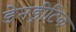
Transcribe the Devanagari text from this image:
डेनड्रीटिक